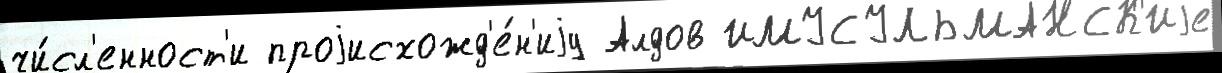
чи́сл'енност'и проjисхожд'е́н'иjу Алдов ИМУСУЛЬМАНСК'Иjе